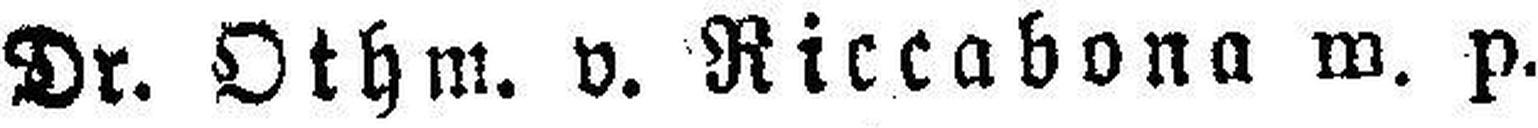
Dr. Othm. v. Riccabona m. p.